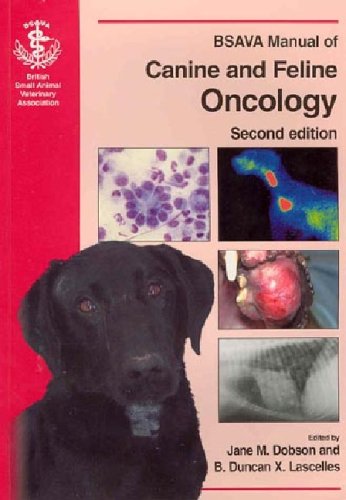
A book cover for BSAVA Manual of Canine and Feline Oncology (BSAVA British Small Animal Veterinary Association); Medical Books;